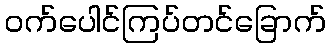
ဝက်ပေါင်ကြပ်တင်ခြောက်